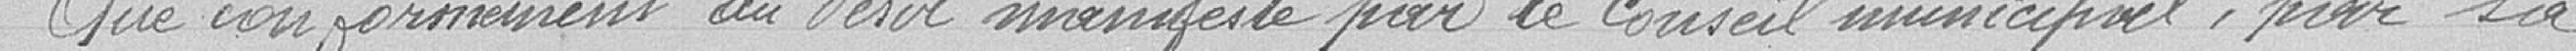
Que conformément au devis manifesté par le Conseil municipal pour sa